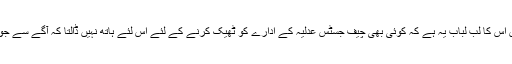
جہاں تک مَیں معاملے کی نزاکت سمجھ سکا ہوں اس کا لبِ لباب یہ ہے کہ کوئی بھی چیف جسٹس عدلیہ کے ادارے کو ٹھیک کرنے کے لئے اس لئے ہاتھ نہیں ڈالتا کہ آگے سے جو مزاحمت ہو گی وہ خود اس کے پر جلا دے گی۔